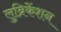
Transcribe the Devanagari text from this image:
लुब्रिकेंशन